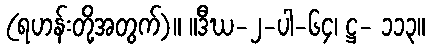
(ရဟန်းတို့အတွက်)။ ။ဒီဃ-၂-ပါ-၆၄၊ ဋ္ဌ- ၁၁၃။